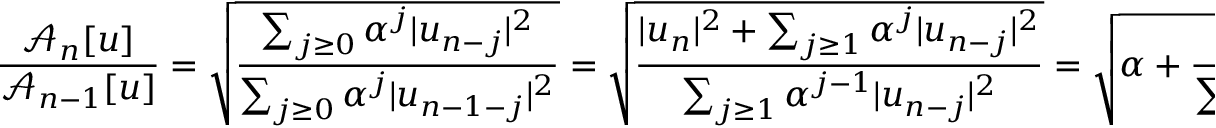
\frac { \mathcal { A } _ { n } [ u ] } { \mathcal { A } _ { n - 1 } [ u ] } = \sqrt { \frac { \sum _ { j \ge 0 } \alpha ^ { j } | u _ { n - j } | ^ { 2 } } { \sum _ { j \ge 0 } \alpha ^ { j } | u _ { n - 1 - j } | ^ { 2 } } } = \sqrt { \frac { | u _ { n } | ^ { 2 } + \sum _ { j \ge 1 } \alpha ^ { j } | u _ { n - j } | ^ { 2 } } { \sum _ { j \ge 1 } \alpha ^ { j - 1 } | u _ { n - j } | ^ { 2 } } } = \sqrt { \alpha + \frac { \alpha | u _ { n } | ^ { 2 } } { \sum _ { j \ge 1 } \alpha ^ { j } | u _ { n - j } | ^ { 2 } } } .